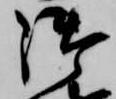
御